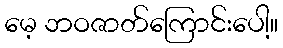
မေ့ ဘဝဇာတ်ကြောင်းပေါ့။